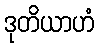
ဒုတိယာဟံ